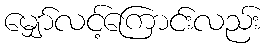
မျှော်လင့်ကြောင်းလည်း